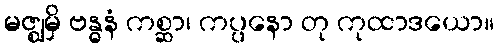
မဇ္ဈမှိ ဗန္ဓနံ ကစ္ဆာ၊ ကပ္ပနော တု ကုထာဒယော။